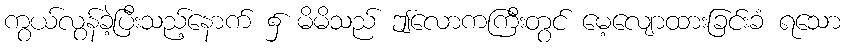
ကွယ်လွန်ခဲ့ပြီးသည့်နောက် ၌ မိမိသည် ဤလောကကြီးတွင် မေ့လျောထားခြင်းခံ ရသော